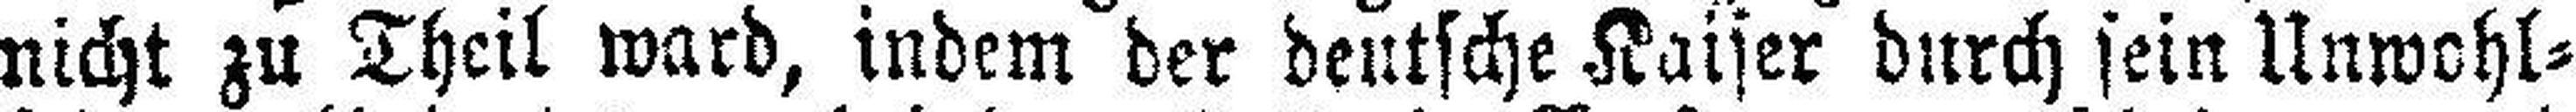
nicht zu Theil ward, indem der deutsche Kaiser durch sein Unwohl¬